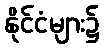
နိုင်ငံများ၌